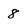
Character: 8